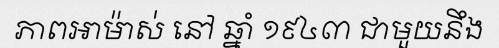
ភាពអាម៉ាស់ នៅ ឆ្នាំ ១៩៤៣ ជាមួយនឹង